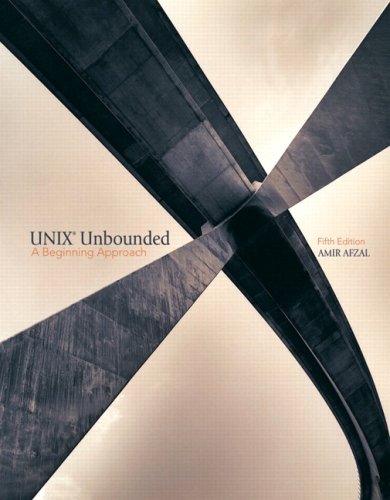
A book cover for UNIX Unbounded: A Beginning Approach (5th Edition); Amir Afzal; Computers & Technology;